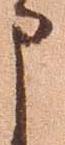
申